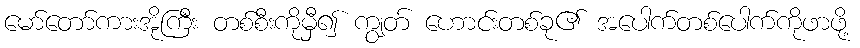
မော်တော်ကားအိုကြီး တစ်စီးကိုမှီ၍ ကျွတ် ဟောင်းတစ်ခု၏ အပေါက်တစ်ပေါက်ကိုဖာဖို့